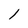
Character: 1